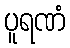
ပူရဏံ